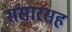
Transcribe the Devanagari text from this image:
संसारसह